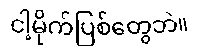
ငါ့မိုက်ပြစ်တွေဘဲ။